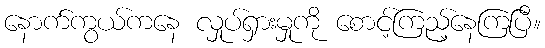
နောက်ကွယ်ကနေ လှုပ်ရှားမှုကို စောင့်ကြည့်နေကြပြီ။